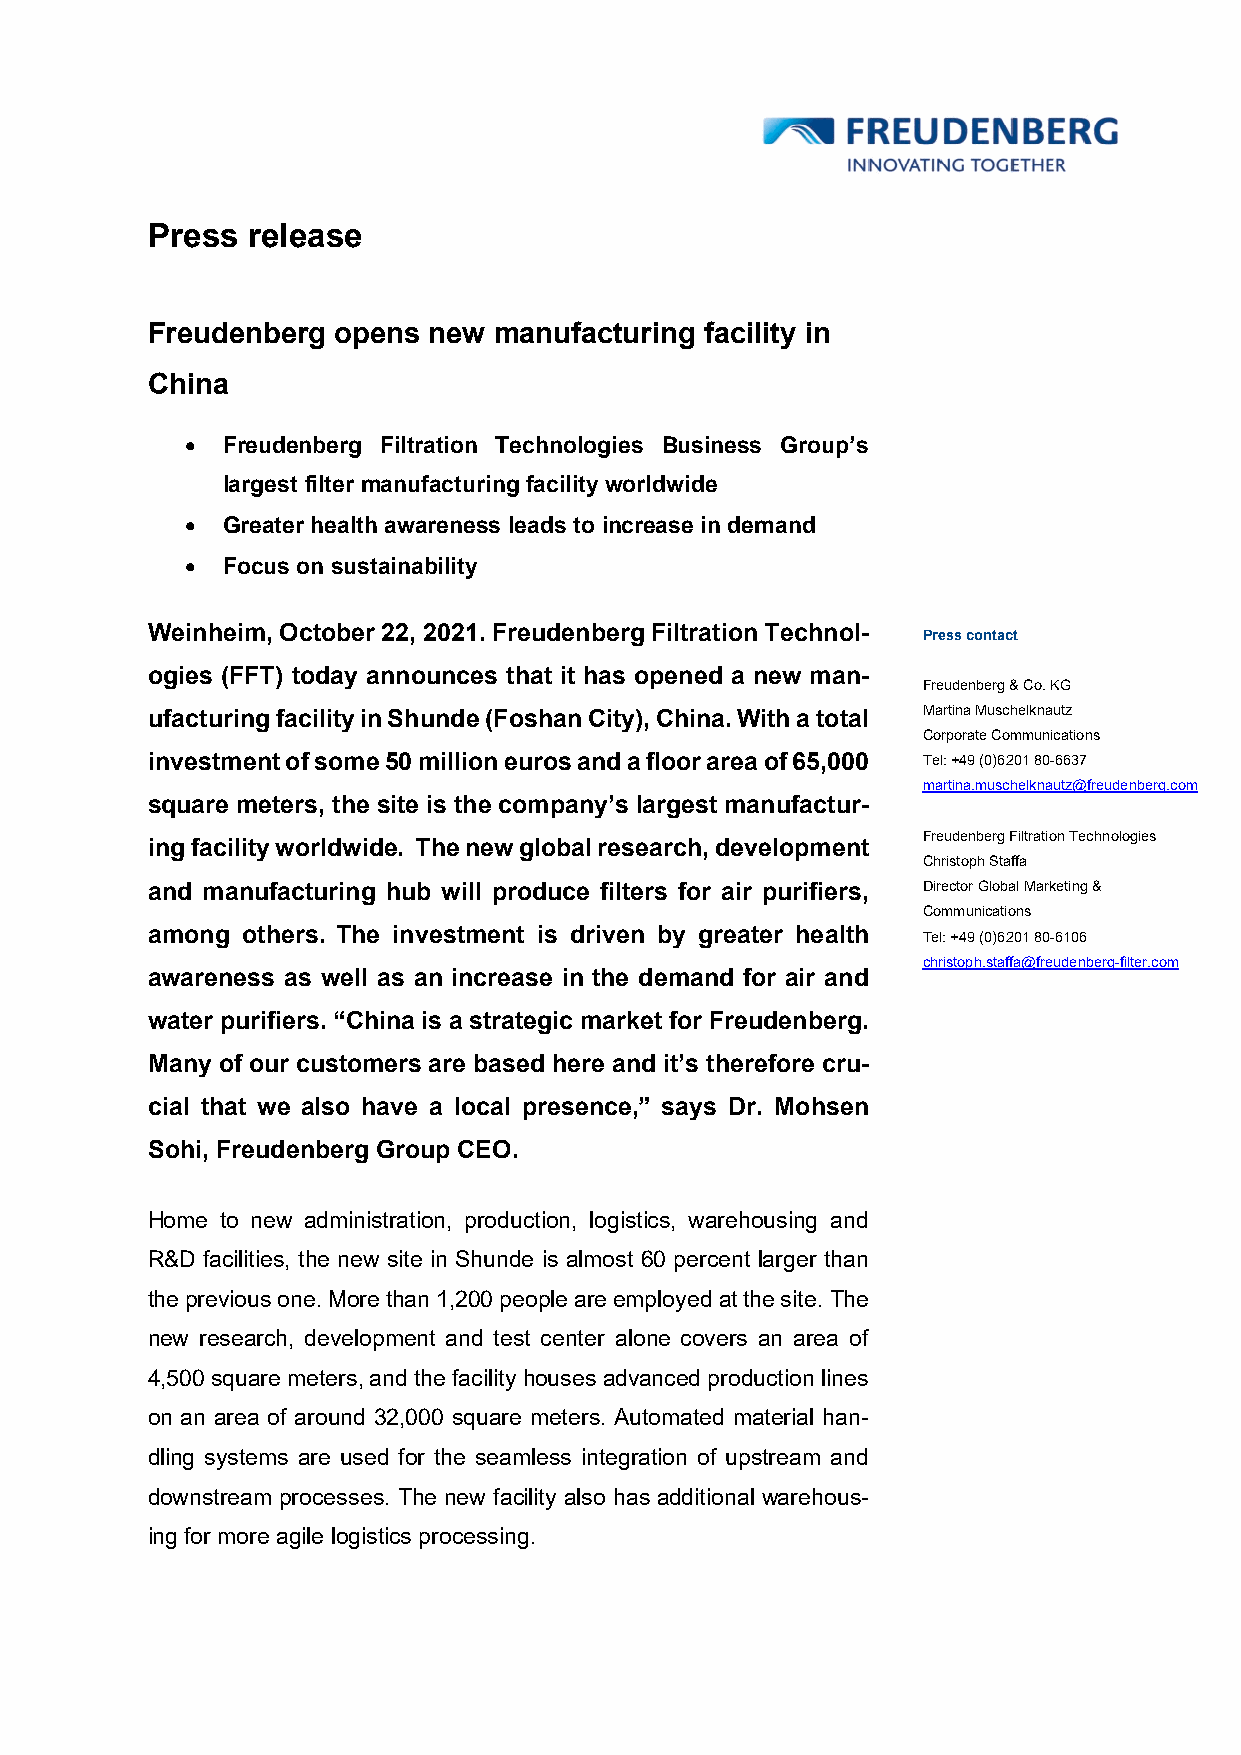
Press release
 Freudenberg opens new  manufacturing facility in
 China
 •  Freudenberg Filtration Technologies Business Group’s
 largest filter manufacturing facility worldwide
 •  Greater health awareness leads to increase in demand
 •  Focus on sustainability
 Weinheim, October 22, 2021. Freudenberg Filtration Technol- Press contact
 ogies (FFT) today announces that it has opened a new man-
 Freudenberg & Co. KG
 ufacturing facility in Shunde (Foshan City), China. With a total Martina Muschelknautz
 Corporate Communications
 investment of some 50 million euros and a floor area of 65,000 Tel: +49 (0)6201 80-6637
 martina.muschelknautz@freudenberg.com
 square meters, the site is the company’s largest manufactur-
 Freudenberg Filtration Technologies
 ing facility worldwide. The new global research, development
 Christoph Staffa
 and manufacturing hub will produce filters for air purifiers, Director Global Marketing &
 Communications
 among others. The investment is driven by greater health Tel: +49 (0)6201 80-6106
 christoph.staffa@freudenberg-filter.com
 awareness as well as an increase in the demand for air and
 water purifiers. “China is a strategic market for Freudenberg.
 Many of our customers are based here and it’s therefore cru-
 cial that we also have a local presence,” says Dr. Mohsen
 Sohi, Freudenberg Group CEO.
 Home to new administration, production, logistics, warehousing and
 R&D facilities, the new site in Shunde is almost 60 percent larger than
 the previous one. More than 1,200 people are employed at the site. The
 new research, development and test center alone covers an area of
 4,500 square meters, and the facility houses advanced production lines
 on an area of around 32,000 square meters. Automated material han-
 dling systems are used for the seamless integration of upstream and
 downstream processes. The new facility also has additional warehous-
 ing for more agile logistics processing.